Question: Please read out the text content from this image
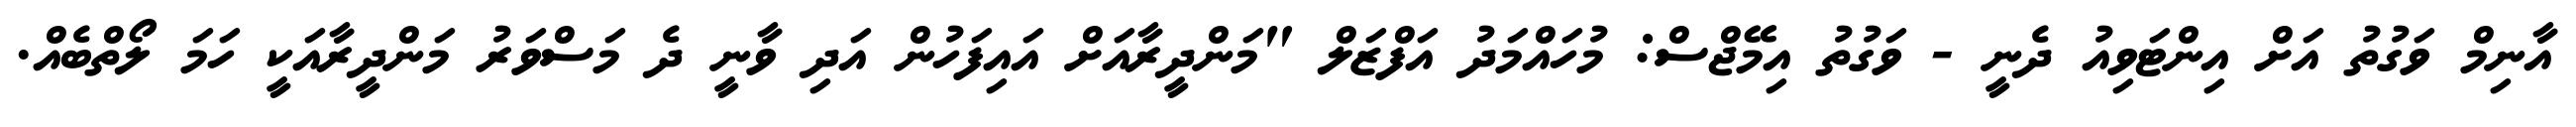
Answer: އާނިމް ވަގުތު އަށް އިންޓަވިއު ދެނީ - ވަގުތު އިމޭޖްސް: މުހައްމަދު އަފްޒަލް "މަންދީރާއަށް އައިފަހުން އަދި ވާނީ ދެ މަސްވަރު މަންދީރާއަކީ ހަމަ ލޯތްބެއް.